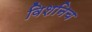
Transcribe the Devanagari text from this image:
विशनिच